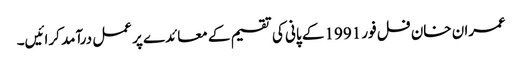
عمران خان فل فور 1991 کے پانی کی تقسیم کے معائدے پر عمل درآمد کرائیں۔